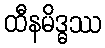
ထီနမိဒ္ဓဿ